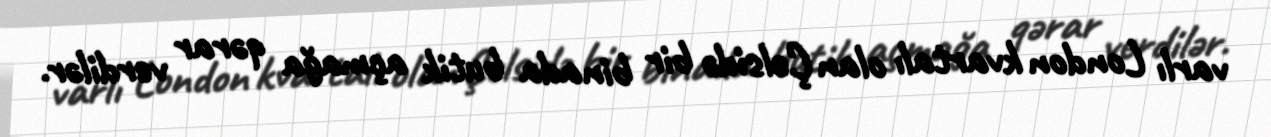
varlı London kvartalı olan Çelsidə bir binada butik açmağa qərar verdilər.